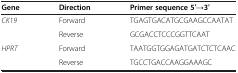
| Gene | Direction | Primer sequence 5′→3′ |
 | --- | --- | --- |
 | <ROWSPAN=2> CK19 | Forward | TGAGTGACATGCGAAGCCAATAT |
 | Reverse | GCGACCTCCCGGTTCAAT |
 | HPRT | Forward | TAATGGTGGAGATGATCTCTCAAC |
 |  | Reverse | TGCCTGACCAAGGAAAGC |